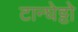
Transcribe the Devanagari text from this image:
टान्घेट्टो